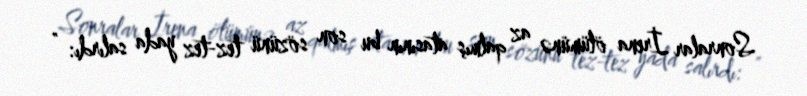
Sonralar İrena ölümünə az qalmış atasının bu son sözünü tez-tez yada salırdı: "